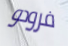
فرودو